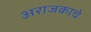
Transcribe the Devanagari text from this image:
अराजकाचे